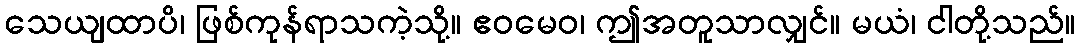
သေယျထာပိ၊ ဖြစ်ကုန်ရာသကဲ့သို့။ ဧဝမေဝ၊ ဤအတူသာလျှင်။ မယံ၊ ငါတို့သည်။